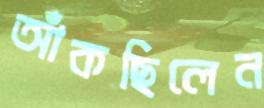
আঁকছিলেন